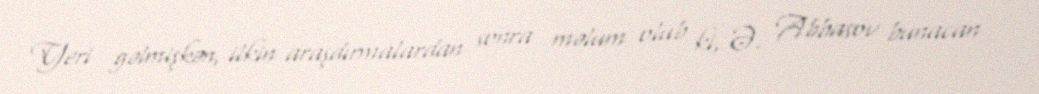
Yeri gəlmişkən, ilkin araşdırmalardan sonra məlum olub ki, Ə. Abbasov bunacan